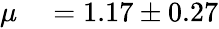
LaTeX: \begin{array}{rl}{\mu}&{{}=1.17\pm 0.27}\end{array}